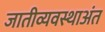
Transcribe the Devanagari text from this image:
जातीव्यवस्थाअंत